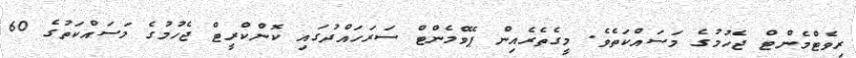
ރިވެޓްމެންޓް ޖެހުމުގެ މަސައްކަތެވެ. މީގެތެރެއިން ޕޭވްމެންޓް ސަރަހައްދުގައި ކޮންކްރީޓް ޖެހުމުގެ މަސައްކަތުގެ 60